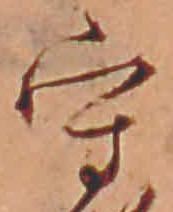
守